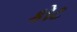
કોટ